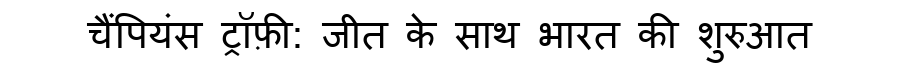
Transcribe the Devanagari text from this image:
चैंपियंस ट्रॉफ़ी: जीत के साथ भारत की शुरुआत